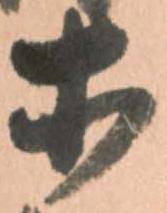
等